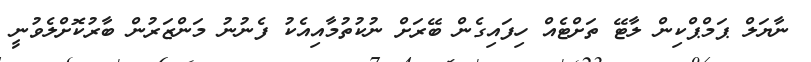
ނާޔަލް ޕަމްޕްކިން ލާޓޭ ތަށްޓެއް ހިފައިގެން ބޭރަށް ނުކުތުމާއިއެކު ފެނުނު މަންޒަރުން ބާރުކޮށްލެވުނީ